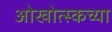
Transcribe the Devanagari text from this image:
ओखोत्स्कच्या